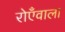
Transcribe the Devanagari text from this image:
रोएँवाला